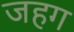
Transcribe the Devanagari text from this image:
जहग